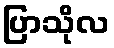
ပြာသိုလ